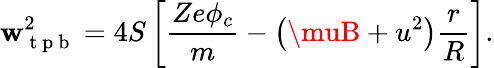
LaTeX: \mathbf{w}_{\mathrm{{~t~p~b~}}}^{2}=4S\left[\frac{{Ze\phi_{c}}}{{m}}-\left(\muB+u^{2}\right)\frac{{r}}{{R}}\right].